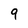
Character: 9